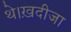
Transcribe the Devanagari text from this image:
थे।ख़दीजा